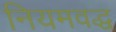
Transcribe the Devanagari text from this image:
नियमवद्ध